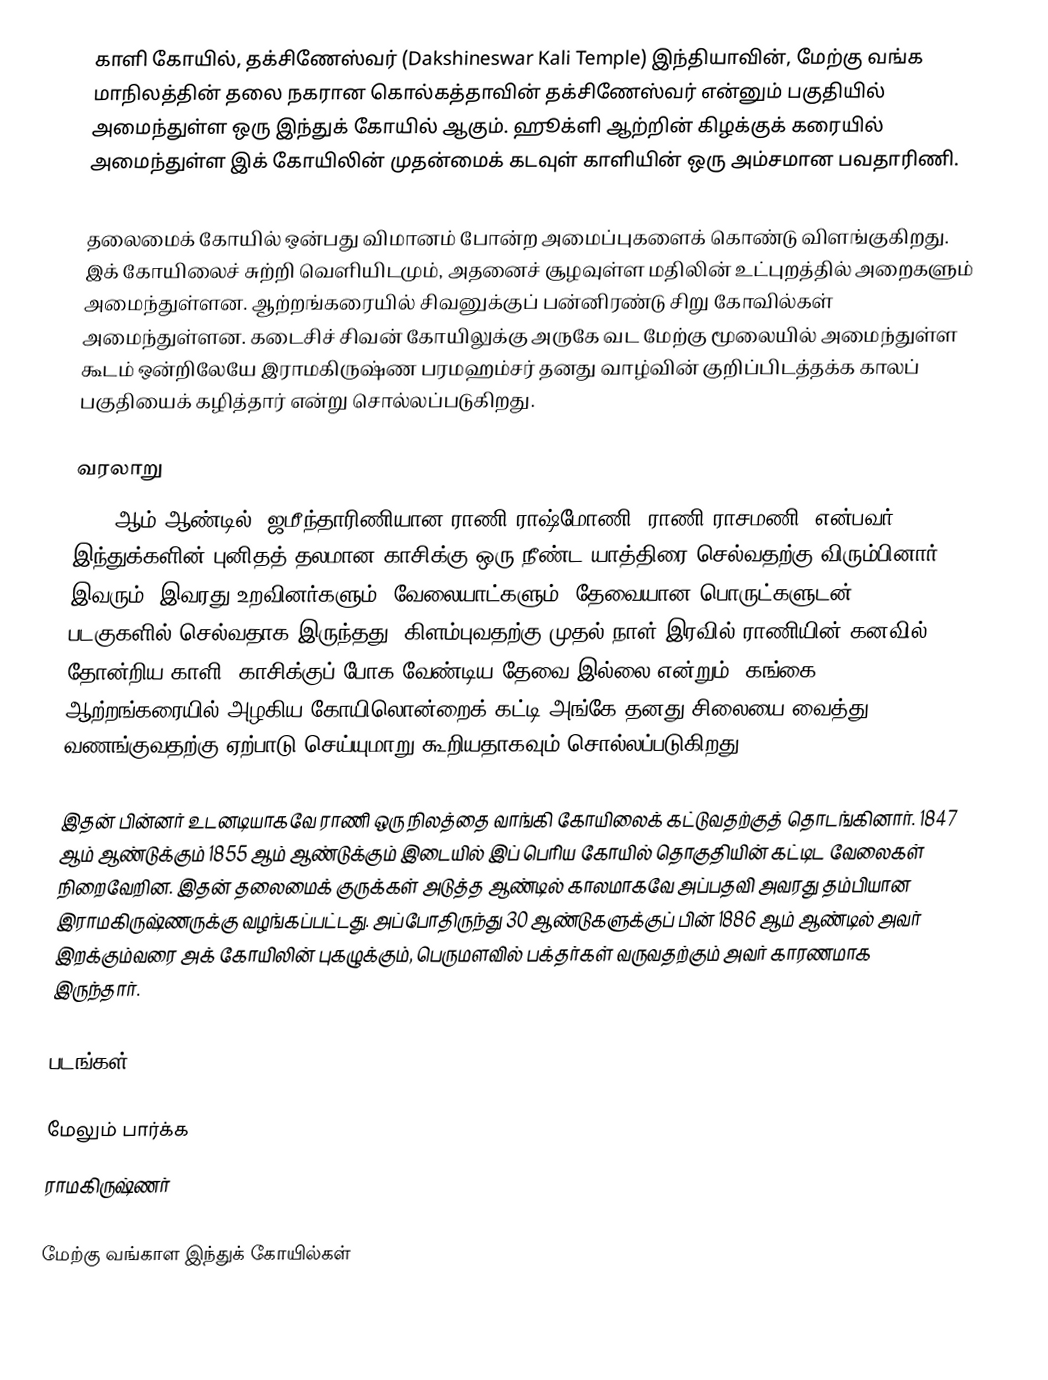
காளி கோயில், தக்சிணேஸ்வர் (Dakshineswar Kali Temple) இந்தியாவின், மேற்கு வங்க மாநிலத்தின் தலை நகரான கொல்கத்தாவின் தக்சிணேஸ்வர் என்னும் பகுதியில் அமைந்துள்ள ஒரு இந்துக் கோயில் ஆகும். ஹூக்ளி ஆற்றின் கிழக்குக் கரையில் அமைந்துள்ள இக் கோயிலின் முதன்மைக் கடவுள் காளியின் ஒரு அம்சமான பவதாரிணி.

தலைமைக் கோயில் ஒன்பது விமானம் போன்ற அமைப்புகளைக் கொண்டு விளங்குகிறது. இக் கோயிலைச் சுற்றி வெளியிடமும், அதனைச் சூழவுள்ள மதிலின் உட்புறத்தில் அறைகளும் அமைந்துள்ளன. ஆற்றங்கரையில் சிவனுக்குப் பன்னிரண்டு சிறு கோவில்கள் அமைந்துள்ளன. கடைசிச் சிவன் கோயிலுக்கு அருகே வட மேற்கு மூலையில் அமைந்துள்ள கூடம் ஒன்றிலேயே இராமகிருஷ்ண பரமஹம்சர் தனது வாழ்வின் குறிப்பிடத்தக்க காலப் பகுதியைக் கழித்தார் என்று சொல்லப்படுகிறது.

வரலாறு
1847 ஆம் ஆண்டில், ஜமீந்தாரிணியான ராணி ராஷ்மோணி (ராணி ராசமணி) என்பவர் இந்துக்களின் புனிதத் தலமான காசிக்கு ஒரு நீண்ட யாத்திரை செல்வதற்கு விரும்பினார். இவரும், இவரது உறவினர்களும், வேலையாட்களும், தேவையான பொருட்களுடன் 24 படகுகளில் செல்வதாக இருந்தது. கிளம்புவதற்கு முதல் நாள் இரவில் ராணியின் கனவில் தோன்றிய காளி, காசிக்குப் போக வேண்டிய தேவை இல்லை என்றும், கங்கை ஆற்றங்கரையில் அழகிய கோயிலொன்றைக் கட்டி அங்கே தனது சிலையை வைத்து வணங்குவதற்கு ஏற்பாடு செய்யுமாறு கூறியதாகவும் சொல்லப்படுகிறது.

இதன் பின்னர் உடனடியாகவே ராணி ஒரு நிலத்தை வாங்கி கோயிலைக் கட்டுவதற்குத் தொடங்கினார். 1847 ஆம் ஆண்டுக்கும் 1855 ஆம் ஆண்டுக்கும் இடையில் இப் பெரிய கோயில் தொகுதியின் கட்டிட வேலைகள் நிறைவேறின. இதன் தலைமைக் குருக்கள் அடுத்த ஆண்டில் காலமாகவே அப்பதவி அவரது தம்பியான இராமகிருஷ்ணருக்கு வழங்கப்பட்டது. அப்போதிருந்து 30 ஆண்டுகளுக்குப் பின் 1886 ஆம் ஆண்டில் அவர் இறக்கும்வரை அக் கோயிலின் புகழுக்கும், பெருமளவில் பக்தர்கள் வருவதற்கும் அவர் காரணமாக இருந்தார்.

படங்கள்

மேலும் பார்க்க
ராமகிருஷ்ணர்

மேற்கு வங்காள இந்துக் கோயில்கள்